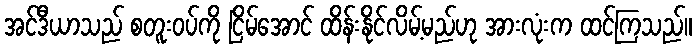
အင်ဒီယာသည် စတူးဝပ်ကို ငြိမ်အောင် ထိန်းနိုင်လိမ့်မည်ဟု အားလုံးက ထင်ကြသည်။